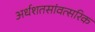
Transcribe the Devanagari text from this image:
अर्धशतसांवत्सरिक